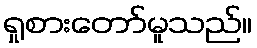
ရှုစားတော်မူသည်။